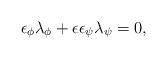
LaTeX: \begin{align*}\epsilon_{\phi}\lambda_{\phi}+\epsilon\epsilon_{\psi}\lambda_{\psi}=0,\end{align*}